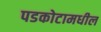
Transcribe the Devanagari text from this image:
पडकोटामधील